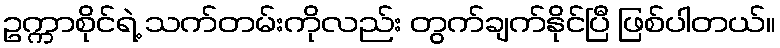
ဥက္ကာစိုင်ရဲ့ သက်တမ်းကိုလည်း တွက်ချက်နိုင်ပြီ ဖြစ်ပါတယ်။